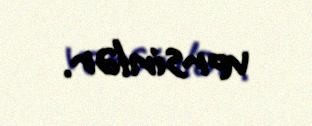
versinlər.